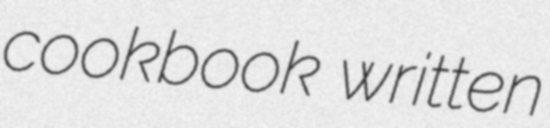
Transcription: cookbook written